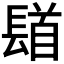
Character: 𨲛